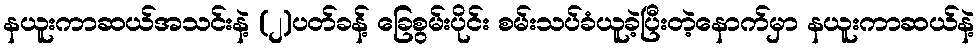
နယူးကာဆယ်အသင်းနဲ့ (၂)ပတ်ခန့် ခြေစွမ်းပိုင်း စမ်းသပ်ခံယူခဲ့ပြီးတဲ့နောက်မှာ နယူးကာဆယ်နဲ့